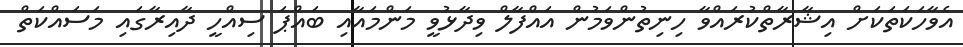
އެވާހަކަތަކަށް އިޝާރާތްކުރައްވާ ހިނިތުންވަމުން އައްފާލް ވިދާޅުވީ މަންމައާއި ބައްޕަ ސިއްހީ ދާއިރާގައި މަސައްކަތް